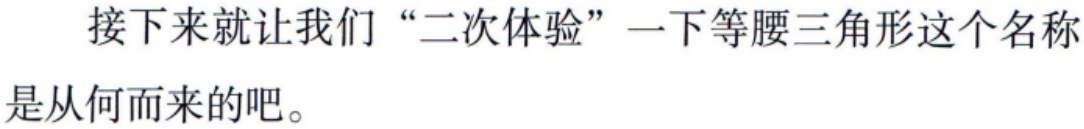
接下来就让我们“二次体验”一下等腰三角形这个名称是从何而来的吧。